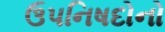
ઉપનિષદોનો